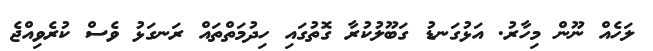
ލަހެއް ނޫން މިހާރު. އަޅުގަނޑު ގަބޫލުކުރާ ގޮތުގައި ހިދުމަތްތައް ރަނގަޅު ވެސް ކުރެވިއްޖެ